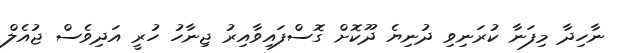
ނާހިދާ މިފަނާ ކުރަނިވި ދުނިޔެ ދޫކޮށް ގޮސްފައިވާއިރު ޖިނާހު ހުރީ އަދިވެސް ޖުއެލް